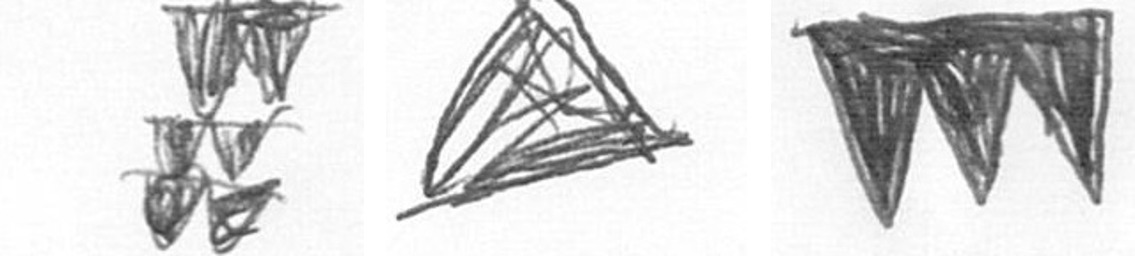
Y O L